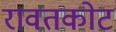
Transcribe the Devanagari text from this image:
रावतकोट